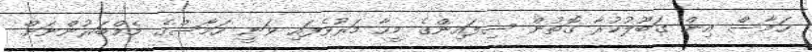
ހަމާސް އިން ގަބޫލުކުރާ ގޮތުން ސިފައިންގެ މީހާ މަރުވެފައި ވަނީ ހަމާސްގެ މެމްބަރުންނަށް